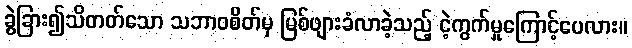
ခွဲခြား၍သိတတ်သော သဘာဝစိတ်မှ မြစ်ဖျားခံလာခဲ့သည့် ငဲ့ကွက်မှုကြောင့်ပေလား။